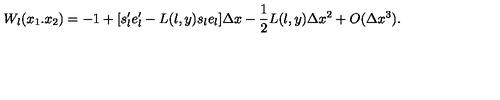
W _ { l } ( x _ { 1 } . x _ { 2 } ) = - 1 + [ s _ { l } ^ { \prime } e _ { l } ^ { \prime } - L ( l , y ) s _ { l } e _ { l } ] \Delta x - \frac { 1 } { 2 } L ( l , y ) \Delta x ^ { 2 } + O ( \Delta x ^ { 3 } ) .